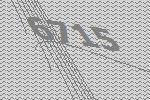
6715